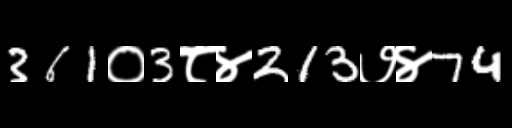
Text: 361०3८४213७४74